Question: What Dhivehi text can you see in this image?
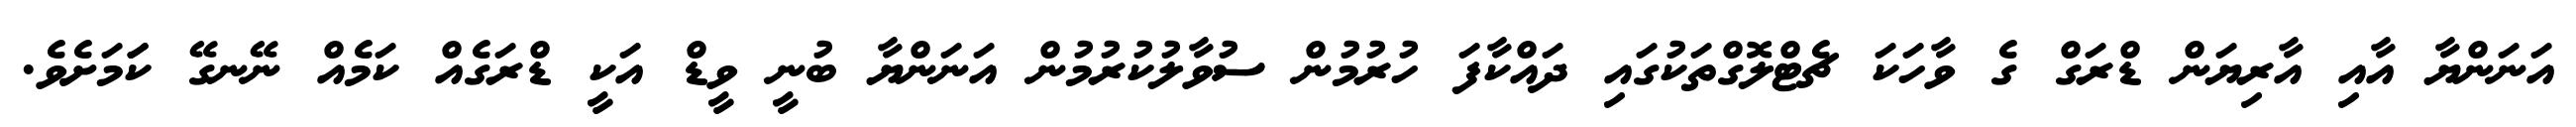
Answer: އަނަންޔާ އާއި އާރިޔަން ޑްރަގް ގެ ވާހަކަ ޗެޓްލޮގްތަކުގައި ދައްކާފަ ހުރުމުން ސުވާލުކުރުމުން އަނަންޔާ ބުނީ ވީޑް އަކީ ޑްރަގެއް ކަމެއް ނޭނގޭ ކަަމަށެވެ.